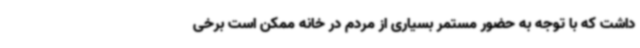
داشت که با توجه به حضور مستمر بسیاری از مردم در خانه ممکن است برخی